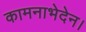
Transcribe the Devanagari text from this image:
कामनाभेदेन।